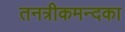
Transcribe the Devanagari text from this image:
तनत्रीकमन्दका